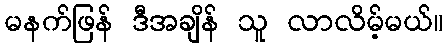
မနက်ဖြန် ဒီအချိန် သူ လာလိမ့်မယ်။